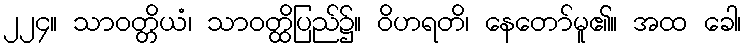
၂၂၄။ သာဝတ္တိယံ၊ သာဝတ္ထိပြည်၌။ ဝိဟရတိ၊ နေတော်မူ၏။ အထ ခေါ၊